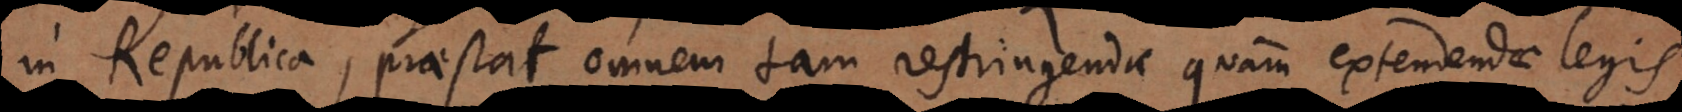
in Republica, praestat omnem tam restringendae quam extendendae legis